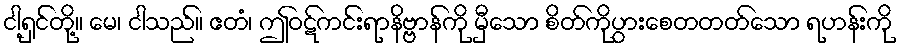
ငါ့ရှင်တို့။ မေ၊ ငါသည်။ ဧတံ၊ ဤဝဋ်ကင်းရာနိဗ္ဗာန်ကို မှီသော စိတ်ကိုပွားစေတတတ်သော ရဟန်းကို